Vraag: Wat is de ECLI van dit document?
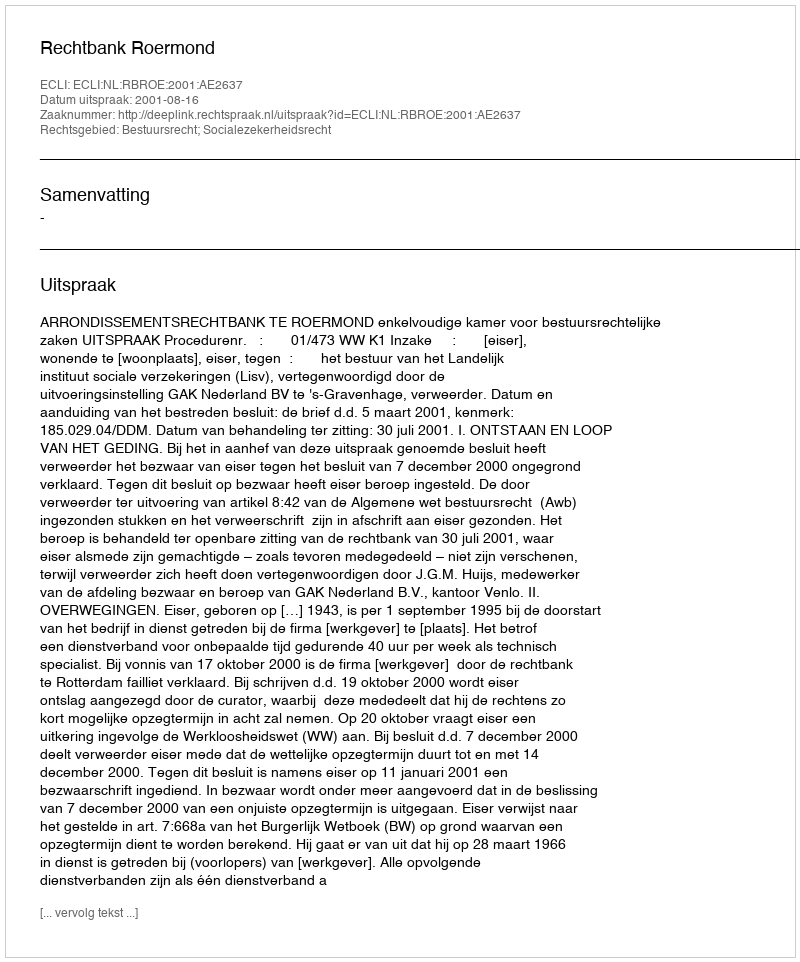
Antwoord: ECLI:NL:RBROE:2001:AE2637